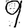
Digit: 9